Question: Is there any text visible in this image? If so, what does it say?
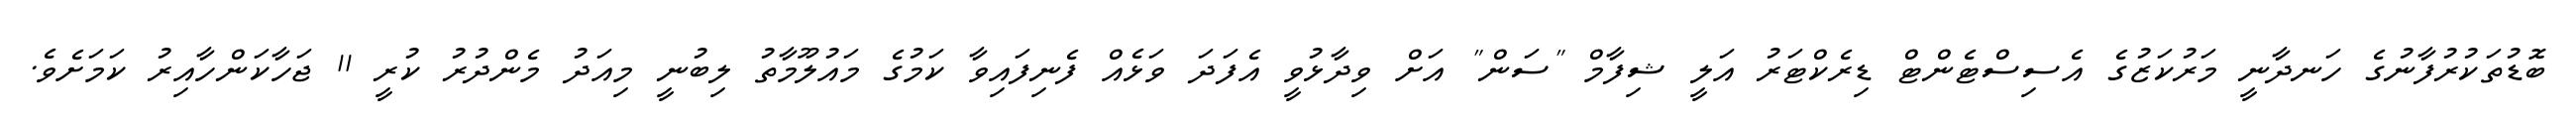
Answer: ބޮޑުތަކުރުފާނުގެ ހަނދާނީ މަރުކަޒުގެ އެސިސްޓެންޓް ޑިރެކްޓަރު އަލީ ޝިފާމް "ސަން" އަށް ވިދާޅުވީ އެފަދަ ވަޅެއް ފެނިފައިވާ ކަމުގެ މައުލޫމާތު ލިބުނީ މިއަދު މެންދުރު ކުރީ 11 ޖަހާކަންހާއިރު ކަމަށެވެ.